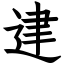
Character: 䢖